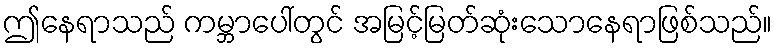
ဤနေရာသည် ကမ္ဘာပေါ်တွင် အမြင့်မြတ်ဆုံးသောနေရာဖြစ်သည်။